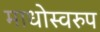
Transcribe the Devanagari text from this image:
माधोस्वरुप